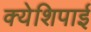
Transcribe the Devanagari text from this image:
क्येशिपाई